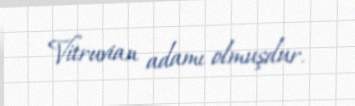
Vitruvian adamı olmuşdur.